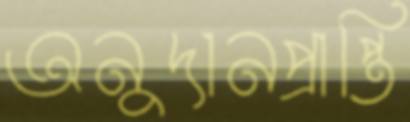
অনুদানপ্রাপ্তি